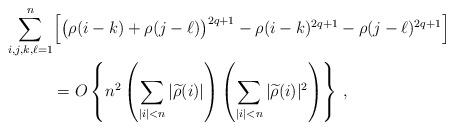
LaTeX: \begin{align*} \sum_{i,j,k,\ell=1}^n & \Big[ \big( \rho(i-k) + \rho(j-\ell) \big)^{2q+1} - \rho(i-k)^{2q+1} - \rho(j-\ell)^{2q+1} \Big] \\ &= O\left\{ n^2 \left( \sum_{\vert i\vert < n} \vert\widetilde{\rho}(i)\vert \right) \left( \sum_{\vert i\vert < n} \vert\widetilde{\rho}(i)\vert^2 \right) \right\} \,,\end{align*}